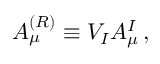
A _ { \mu } ^ { ( R ) } \equiv V _ { I } A _ { \mu } ^ { I } \, ,